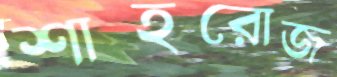
শাহরোজ